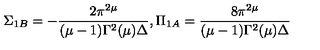
\Sigma _ { 1 B } = - \frac { 2 \pi ^ { 2 \mu } } { ( \mu - 1 ) \Gamma ^ { 2 } ( \mu ) \Delta } , \Pi _ { 1 A } = \frac { 8 \pi ^ { 2 \mu } } { ( \mu - 1 ) \Gamma ^ { 2 } ( \mu ) \Delta }